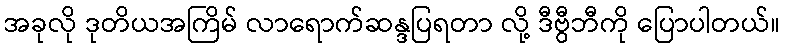
အခုလို ဒုတိယအကြိမ် လာရောက်ဆန္ဒပြရတာ လို့ ဒီဗွီဘီကို ပြောပါတယ်။